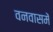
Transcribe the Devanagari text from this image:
वनवासमें